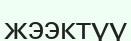
жээктүү